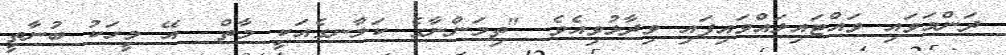
ދަންމަވައި ވައްޓައިލައްވައިފައި ވިދާޅުވިއެވެ. "ތިމަންނާގެ ކަލާނގެއަކީ މާތް  އޭ މީހަކު ބުނާތީ